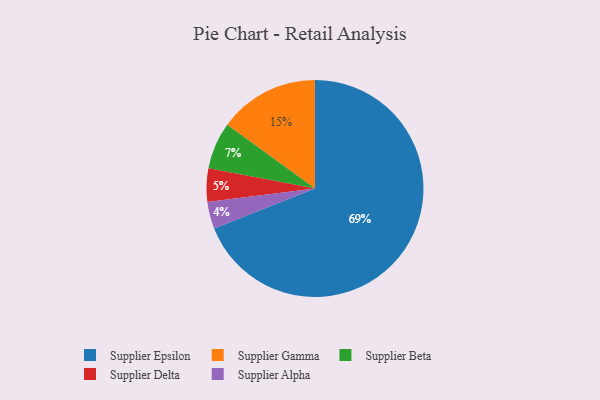
{"axis": {"x": "Category", "y": "Percentage"}, "legend": ["Supplier Alpha", "Supplier Beta", "Supplier Delta", "Supplier Epsilon", "Supplier Gamma"], "data": [{"x": "Supplier Delta", "y": 5, "type": "Supplier Delta"}, {"x": "Supplier Alpha", "y": 4, "type": "Supplier Alpha"}, {"x": "Supplier Beta", "y": 7, "type": "Supplier Beta"}, {"x": "Supplier Epsilon", "y": 69, "type": "Supplier Epsilon"}, {"x": "Supplier Gamma", "y": 15, "type": "Supplier Gamma"}]}